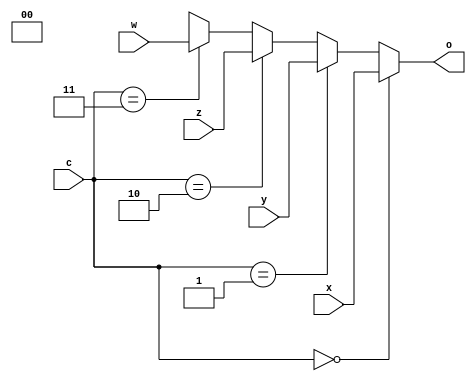
module Mux4to1_3bit(x,y,z,w,c,o);
input [2:0]x,y,z,w;
input [1:0]c;
output [2:0]o;
	assign	o =	(c == 2'b00)?x:
			(c == 2'b01)?y:
			(c == 2'b10)?z:
			(c == 2'b11)?w:
			1'bx;
endmodule